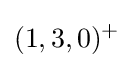
(1,3,0)^{+}